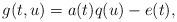
LaTeX: \begin{align*}g(t,u)=a(t)q(u)-e(t),\end{align*}